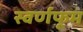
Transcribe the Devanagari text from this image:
स्वर्णफूम